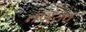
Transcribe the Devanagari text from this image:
तणुराव